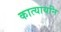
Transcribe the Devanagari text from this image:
कात्यायनि